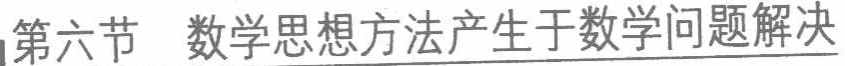
第六节 数学思想方法产生于数学问题解决